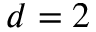
d = 2